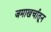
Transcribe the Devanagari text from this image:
जमाखर्चातून